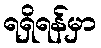
ရရှိရန်မှာ